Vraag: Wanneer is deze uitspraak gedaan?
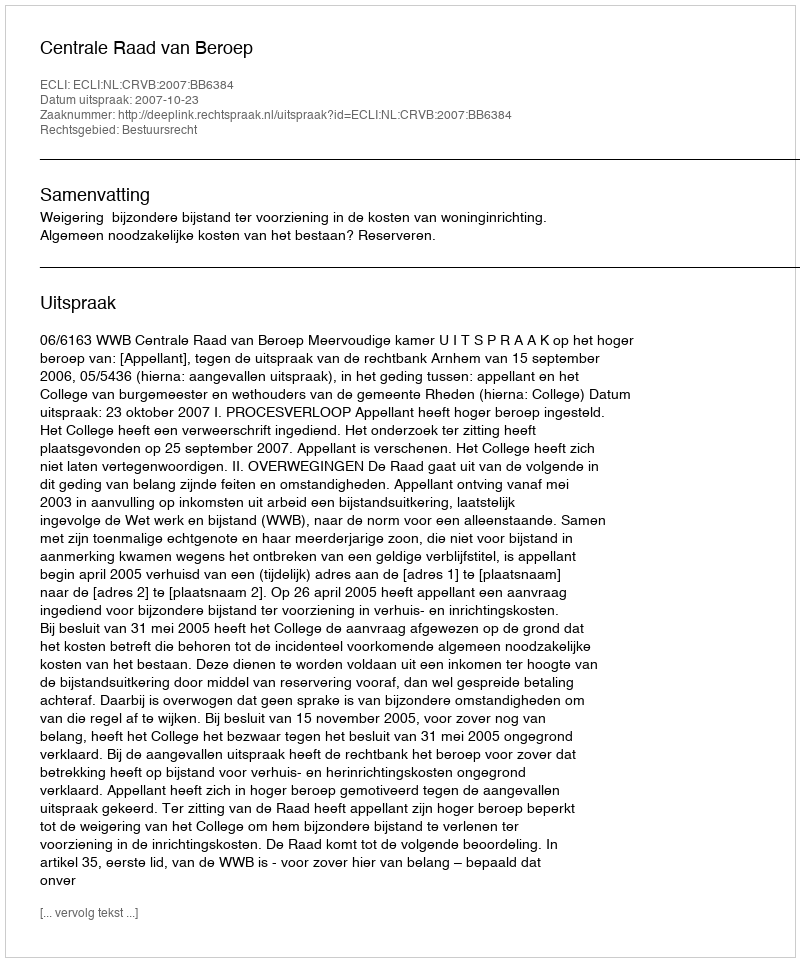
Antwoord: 2007-10-23